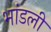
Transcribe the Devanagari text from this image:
भांडली